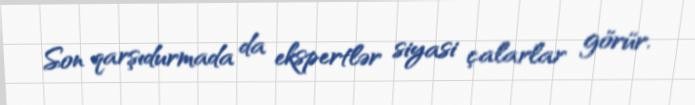
Son qarşıdurmada da ekspertlər siyasi çalarlar görür.